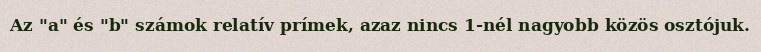
Az "a" és "b" számok relatív prímek, azaz nincs 1-nél nagyobb közös osztójuk.